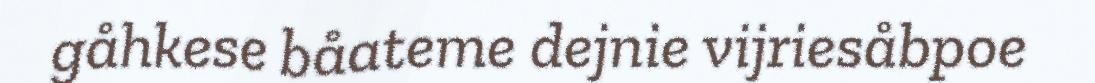
gåhkese båateme dejnie vijriesåbpoe